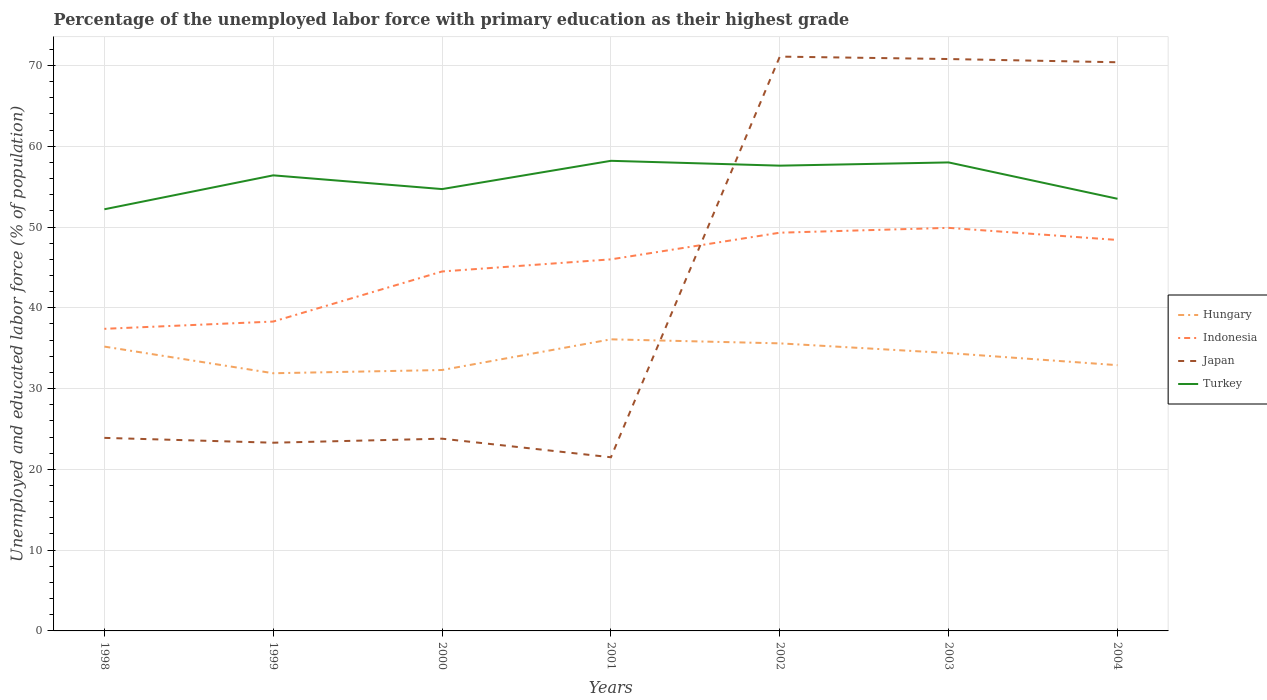
| Years | Hungary | Indonesia | Japan | Turkey |
 | --- | --- | --- | --- | --- |
 | 1998 | 35.2 | 37.4 | 23.9 | 52.2 |
 | 1999 | 31.9 | 38.3 | 23.3 | 56.4 |
 | 2000 | 32.3 | 44.5 | 23.8 | 54.7 |
 | 2001 | 36.1 | 46 | 21.5 | 58.2 |
 | 2002 | 35.6 | 49.3 | 71.1 | 57.6 |
 | 2003 | 34.4 | 49.9 | 70.8 | 58 |
 | 2004 | 32.9 | 48.4 | 70.4 | 53.5 |